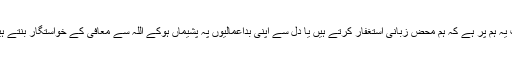
اب یہ ہم پر ہے کہ ہم محض زبانی استغفار کرتے ہیں یا دل سے اپنی بداعمالیوں پہ پشیماں ہوکے اللہ سے معافی کے خواستگار بنتے ہیں۔